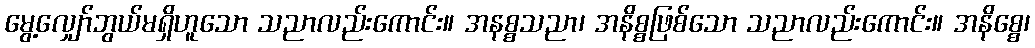
မွေ့လျှော်ဘွယ်မရှိဟူသော သညာလည်းကောင်း။ အနစ္စသညာ၊ အနိစ္စဖြစ်သော သညာလည်းကောင်း။ အနိစ္စေ၊